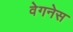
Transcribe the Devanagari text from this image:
वेगनेस